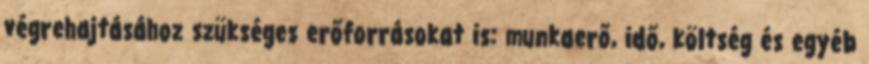
végrehajtásához szükséges erőforrásokat is: munkaerő, idő, költség és egyéb